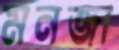
মনজা